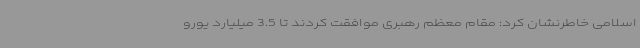
اسلامی خاطرنشان کرد: مقام معظم رهبری موافقت کردند تا 3.5 میلیارد یورو